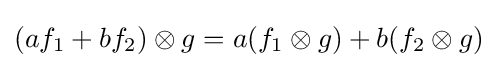
(af_{1}+bf_{2})\otimes g=a(f_{1}\otimes g)+b(f_{2}\otimes g)